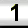
Digit: 1